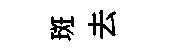
斑去